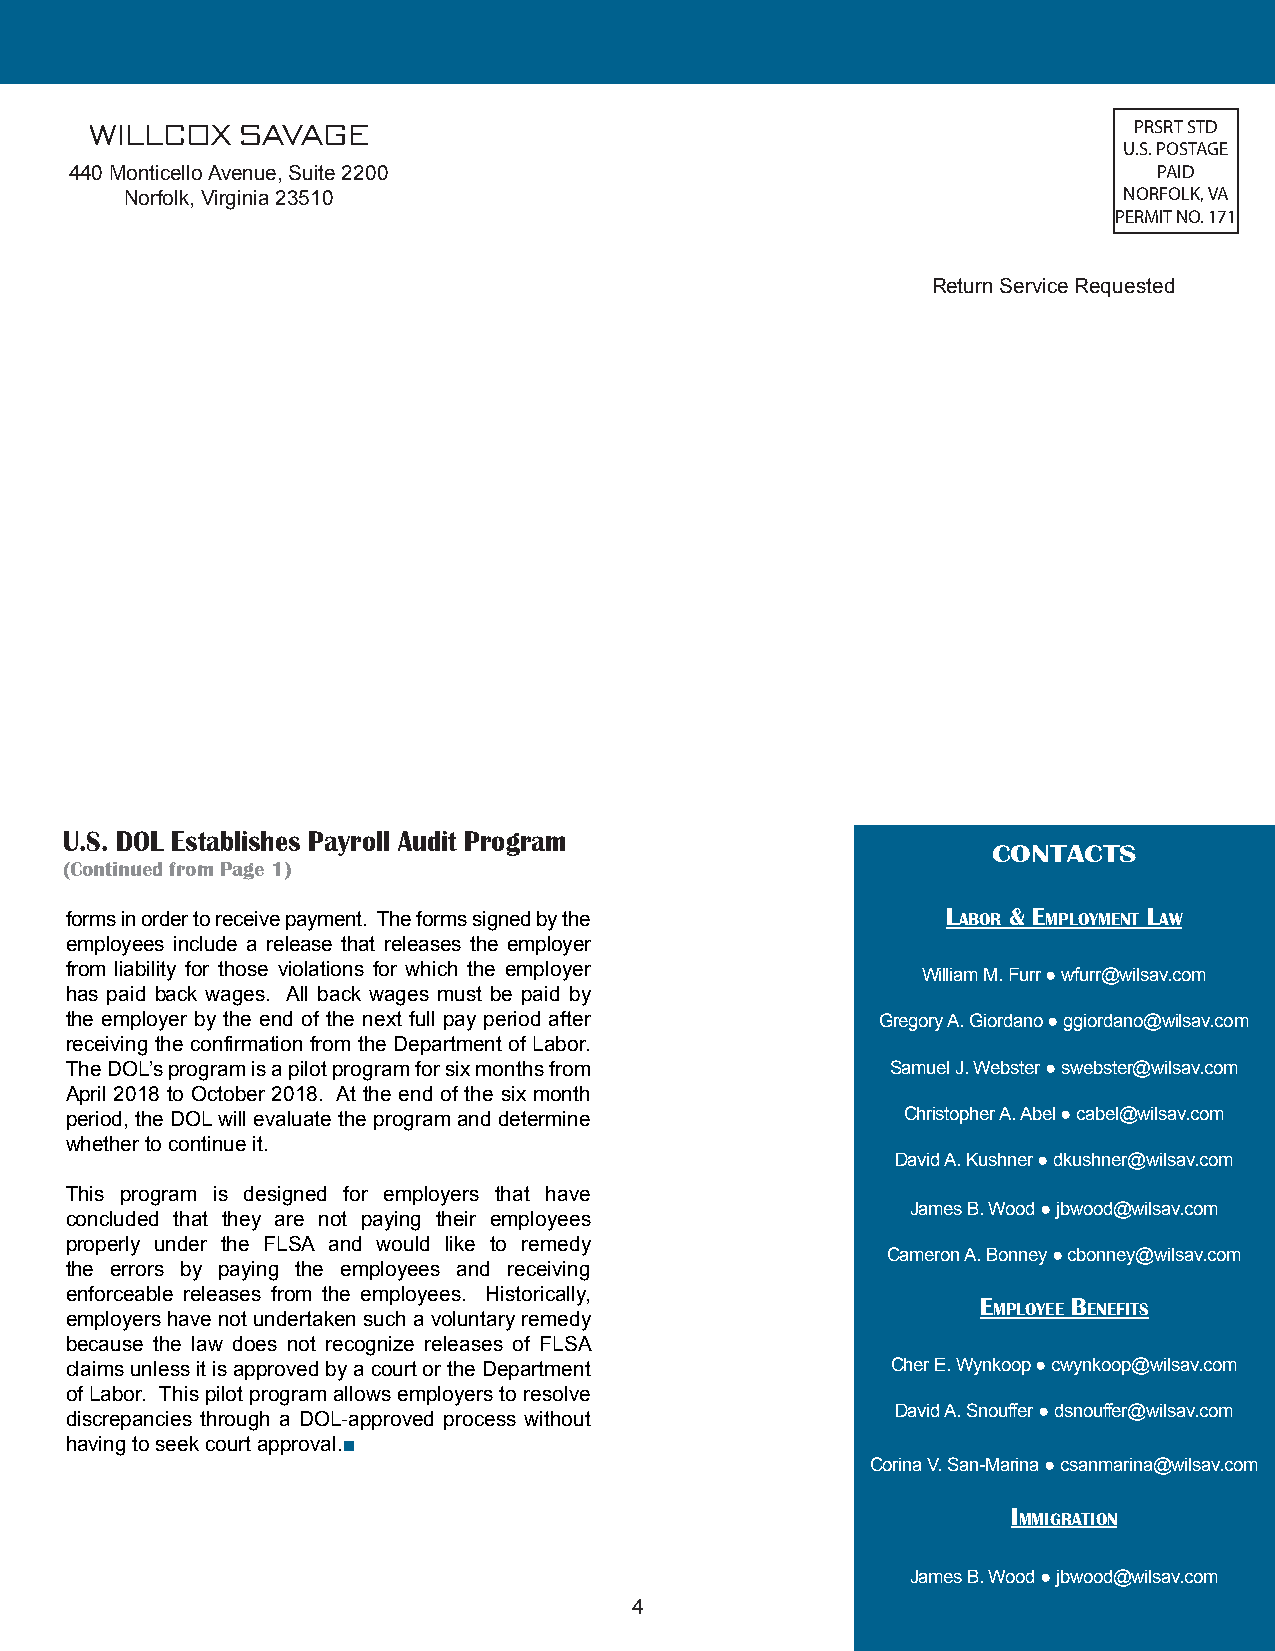
WILLCOX   SAVAGE                                                     PRSRT STD
 U.S. POSTAGE
 440 Monticello Avenue, Suite 2200                                       PAID
 Norfolk, Virginia 23510                                           NORFOLK, VA
 PERMIT NO. 171
 Return Service Requested
 U.S. DOL Establishes Payroll Audit Program
 CONTACTS
 (Continued from Page 1)
 forms in order to receive payment. The forms signed by the Labor & EmpLoymEnt Law
 employees include a release that releases the employer
 from liability for those violations for which the employer
 William M. Furr ● wfurr@wilsav.com
 has paid back wages. All back wages must be paid by
 the employer by the end of the next full pay period after Gregory A. Giordano ● ggiordano@wilsav.com
 receiving the confirmation from the Department of Labor.
 The DOL’s program is a pilot program for six months from Samuel J. Webster ● swebster@wilsav.com
 April 2018 to October 2018. At the end of the six month
 period, the DOL will evaluate the program and determine Christopher A. Abel ● cabel@wilsav.com
 whether to continue it.
 David A. Kushner ● dkushner@wilsav.com
 This program is designed for employers that have
 James B. Wood ● jbwood@wilsav.com
 concluded that they are not paying their employees
 properly under the FLSA and would like to remedy
 Cameron A. Bonney ● cbonney@wilsav.com
 the errors by paying the employees and receiving
 enforceable releases from the employees. Historically,
 EmpLoyEE bEnEfits
 employers have not undertaken such a voluntary remedy
 because the law does not recognize releases of FLSA
 claims unless it is approved by a court or the Department Cher E. Wynkoop ● cwynkoop@wilsav.com
 of Labor. This pilot program allows employers to resolve
 David A. Snouffer ● dsnouffer@wilsav.com
 discrepancies through a DOL-approved process without
 having to seek court approval.■
 Corina V. San-Marina ● csanmarina@wilsav.com
 immigration
 James B. Wood ● jbwood@wilsav.com
 4